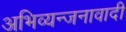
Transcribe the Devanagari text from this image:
अभिव्यन्जनावादी